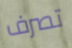
تصرف